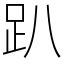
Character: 趴